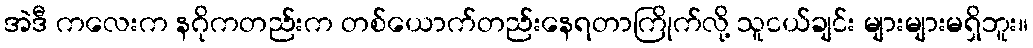
အဲဒီ ကလေးက နဂိုကတည်းက တစ်ယောက်တည်းနေရတာကြိုက်လို့ သူငယ်ချင်း များများမရှိဘူး။